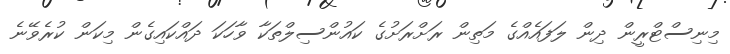
މިނިސްޓްރީން ދިން ލަފައެއްގެ މަތިން ރަށްރަށުގެ ކައުންސިލްތަކާ ވާހަކަ ދައްކައިގެން މިކަން ކުރެވޭނެ